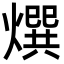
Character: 㷷